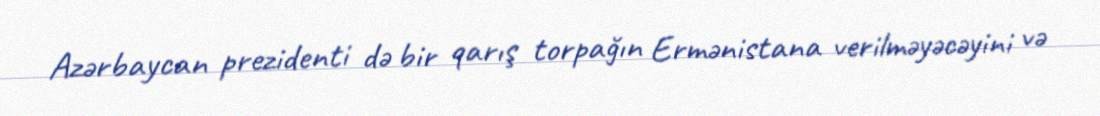
Azərbaycan prezidenti də bir qarış torpağın Ermənistana verilməyəcəyini və